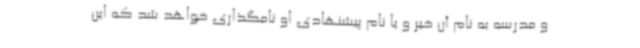
و مدرسه به نام آن خیر و یا نام پیشنهادی او نامگذاری خواهد شد که این